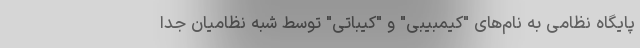
پایگاه نظامی به نام‌های "کیمبیبی" و "کیباتی" توسط شبه نظامیان جدا